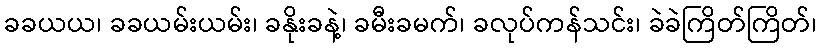
ခခယယ၊ ခခယမ်းယမ်း၊ ခနိုးခနဲ့၊ ခမီးခမက်၊ ခလုပ်ကန်သင်း၊ ခဲခဲကြိတ်ကြိတ်၊